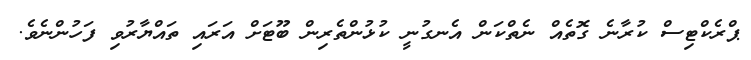
ޕްރެކްޓިސް ކުރާނެ ގޮތެއް ނެތްކަން އެނގުނީ ކުޅުންތެރިން ބޫޓަށް އަރައި ތައްޔާރުވި ފަހުންނެވެ.